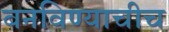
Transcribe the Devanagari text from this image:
बनविण्याचीच